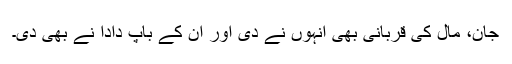
جان، مال کی قربانی بھی انہوں نے دی اور اُن کے باپ دادا نے بھی دی۔